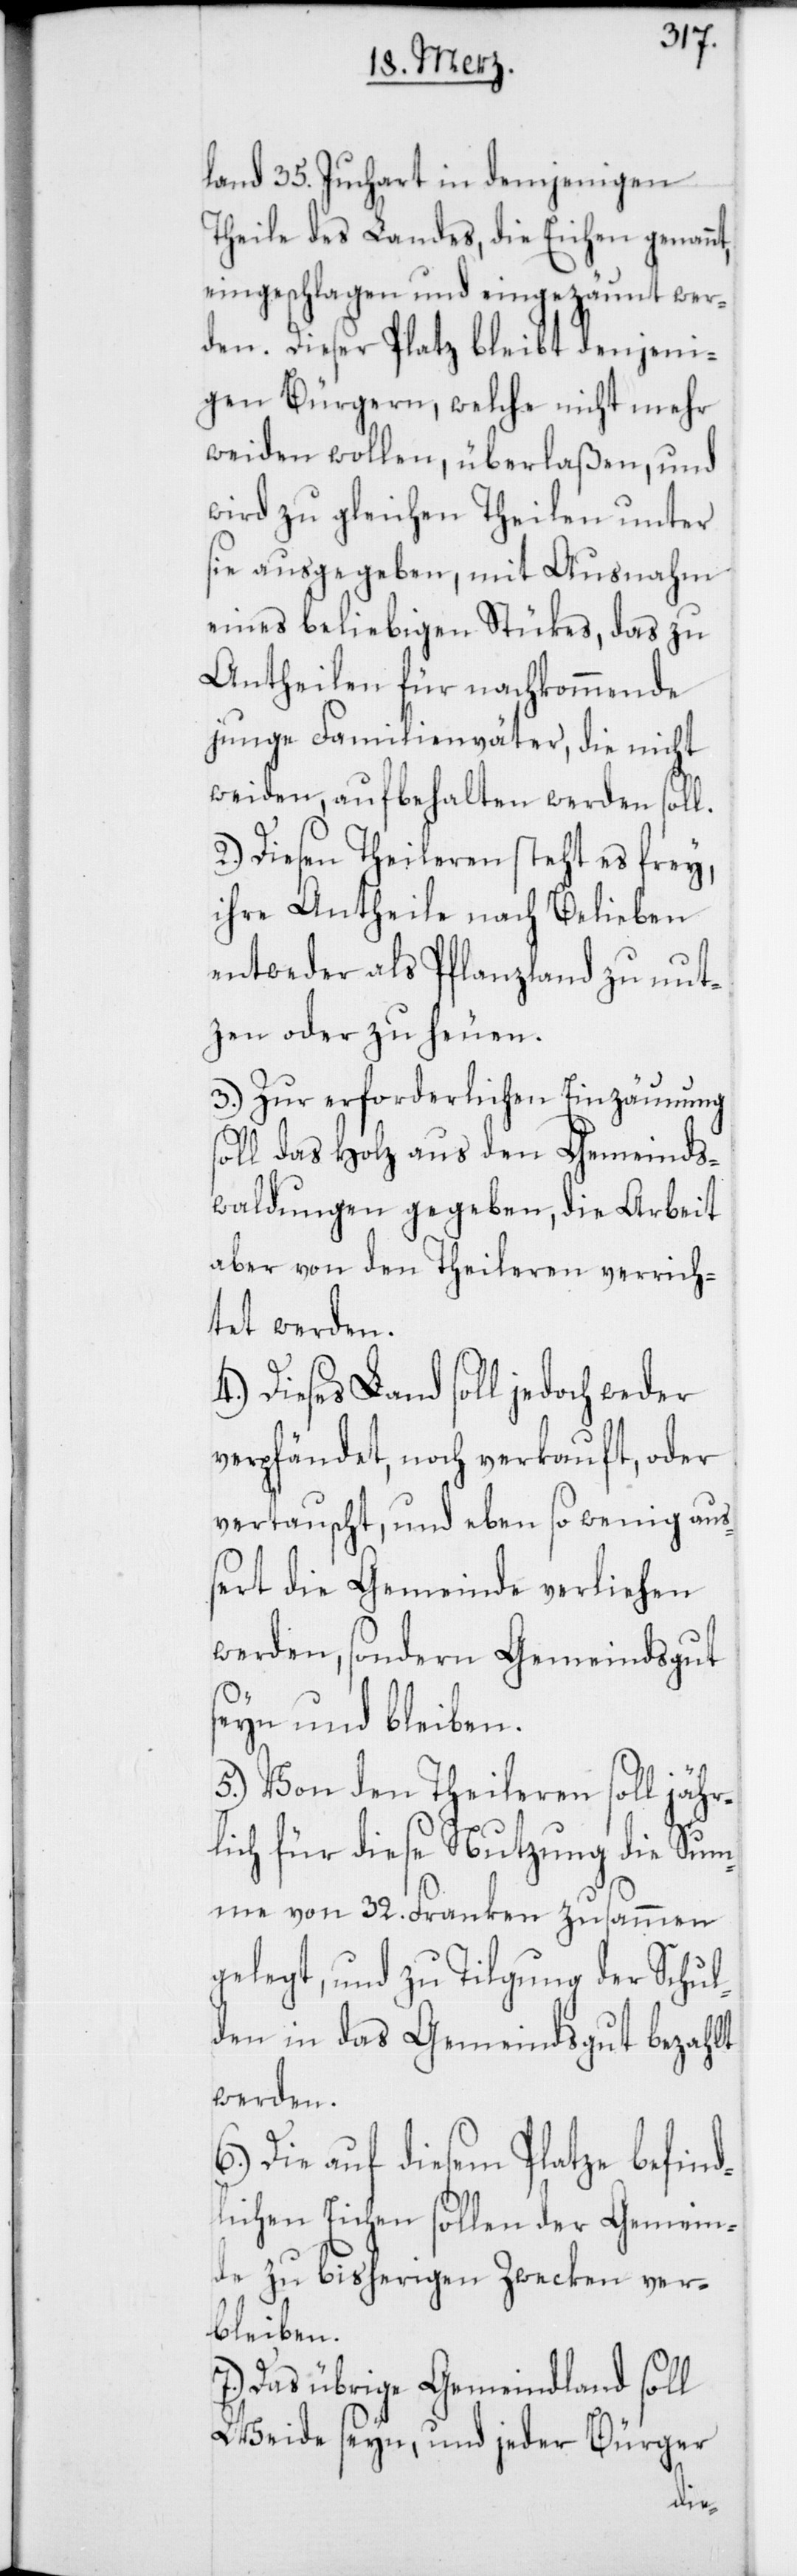
land 35. Juchart in demjenigen
Theile des Landes, die Eichen genannt,
eingeschlagen und eingezäunt wer¬
den. Dieser Platz bleibt denjeni¬
gen Bürgern, welche nicht mehr
weiden wollen, überlaßen, und
wird zu gleichen Theilen unter
sie ausgegeben, mit Ausnahme
eines beliebigen Stükes, das zu
Antheilen für nachkommende
junge Familienväter, die nicht
weiden, aufbehalten werden soll.
2.) Diesen Theileren steht es frey,
ihre Antheile nach Belieben
entweder als Pflanzland zu nut¬
zen oder zu heuen.
3.) Zur erforderlichen Einzäunung
soll das Holz aus den Gemeinds¬
waldungen gegeben, die Arbeit
aber von den Theileren verrich¬
tet werden.
4.) Dieses Land soll jedoch weder
verpfändet, noch verkauft, oder
vertauscht, und eben so wenig auß¬
ert die Gemeinde verliehen
werden, sondern Gemeindsgut
seyn und bleiben.
5.) Von den Theileren soll jähr¬
lich für diese Nutzung die Sum¬
me von 32. Franken zusammen
gelegt, und zu Tilgung der Schul¬
den in das Gemeindsgut bezahlt
werden.
6.) Die auf diesem Platze befind¬
lichen Eichen sollen der Gemein¬
de zu bisherigen Zwecken ver¬
bleiben.
7.) Das übrige Gemeindland soll
Weide seyn, und jeder Bürger